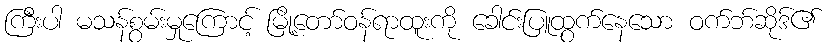
ကြီးပါ မသန်စွမ်းမှုကြောင့် မြို့တော်ဝန်ရာထူးကို ခေါင်းပြူထွက်နေသော ဝက်ဘ်ဆိုဒ်၏